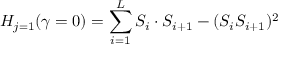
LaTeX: H _ { j = 1 } ( \gamma = 0 ) = \sum _ { i = 1 } ^ { L } S _ { i } \cdot S _ { i + 1 } - ( S _ { i } S _ { i + 1 } ) ^ { 2 }